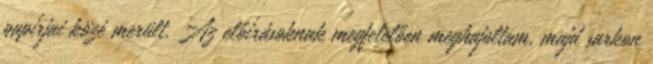
papírjai közé merült. Az előírásoknak megfelelően meghajoltam, majd sarkon